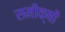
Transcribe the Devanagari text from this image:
समीक्षों